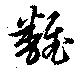
翻